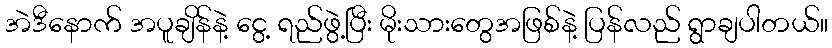
အဲဒီနောက် အပူချိန်နဲ့ ငွေ့ ရည်ဖွဲ့ပြီး မိုးသားတွေအဖြစ်နဲ့ ပြန်လည် ရွာချပါတယ်။